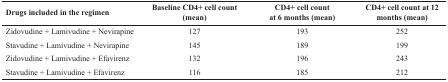
| Drugs included in the regimen | Baseline CD4+ cell count (mean) | CD4+ cell count at 6 months (mean) | CD4+ cell count at 12 months (mean) |
 | --- | --- | --- | --- |
 | Zidovudine + Lamivudine + Nevirapine | 127 | 193 | 252 |
 | Stavudine + Lamivudine + Nevirapine | 145 | 189 | 199 |
 | Zidovudine + Lamivudine + Efavirenz | 132 | 196 | 243 |
 | Stavudine + Lamivudine + Efavirenz | 116 | 185 | 212 |